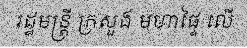
រដ្ឋមន្ត្រី ក្រសួង មហាផ្ទៃ លើ